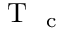
\mathrm { ~ T ~ } _ { \mathrm { ~ c ~ } }